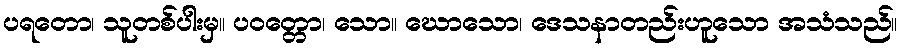
ပရတော၊ သူတစ်ပါးမှ။ ပဝတ္တော၊ သော။ ဃောသော၊ ဒေသနာတည်းဟူသော အသံသည်။